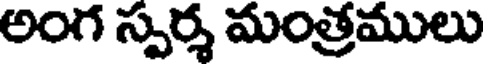
అంగ స్పర్శ మంత్రములు